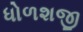
ધોળશજી